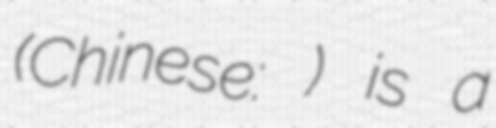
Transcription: (Chinese: 卢云秀) is a